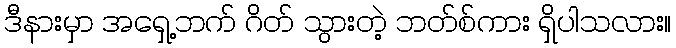
ဒီနားမှာ အရှေ့ဘက် ဂိတ် သွားတဲ့ ဘတ်စ်ကား ရှိပါသလား။